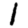
Digit: 1